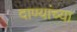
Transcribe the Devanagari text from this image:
दाण्यांच्या